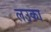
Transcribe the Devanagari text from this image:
लउका